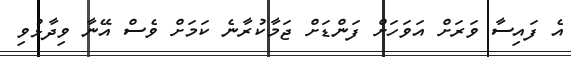
އެ ފައިސާ ވަރަށް އަވަހަށް ފަންޑަށް ޖަމާކުރާނެ ކަމަށް ވެސް އޭނާ ވިދާޅުވި